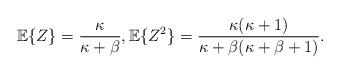
LaTeX: \begin{align*} \mathbb{E}\{Z\}=\frac{\kappa}{\kappa+\beta}, \mathbb{E}\{Z^2\}=\frac{\kappa(\kappa+1)}{\kappa+\beta(\kappa+\beta+1)}.\end{align*}